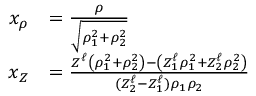
\begin{array} { r l } { x _ { \rho } } & { = \frac { \rho } { \sqrt { \rho _ { 1 } ^ { 2 } + \rho _ { 2 } ^ { 2 } } } } \\ { x _ { Z } } & { = \frac { Z ^ { \ell } \left( \rho _ { 1 } ^ { 2 } + \rho _ { 2 } ^ { 2 } \right) - \left( Z _ { 1 } ^ { \ell } \rho _ { 1 } ^ { 2 } + Z _ { 2 } ^ { \ell } \rho _ { 2 } ^ { 2 } \right) } { ( Z _ { 2 } ^ { \ell } - Z _ { 1 } ^ { \ell } ) \rho _ { 1 } \rho _ { 2 } } } \end{array}